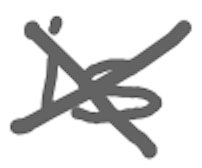
Text: is
Cross-out: cross
Writing tool: digital_gray